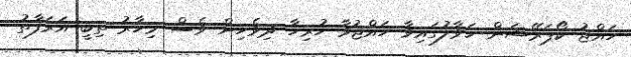
ހައްޖު ކޯޕަރޭޝަން ހަވާލުގައިވާ ހައްޖުވާ ހުރިހާ ދިވެހިން ވެސް މިހާރު ތިބީ އަރަފާތު